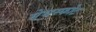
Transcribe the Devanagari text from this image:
मेघस्फोट